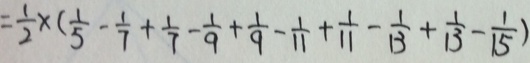
= \frac { 1 } { 2 } \times ( \frac { 1 } { 5 } - \frac { 1 } { 7 } + \frac { 1 } { 7 } - \frac { 1 } { 9 } + \frac { 1 } { 9 } - \frac { 1 } { 1 1 } + \frac { 1 } { 1 1 } - \frac { 1 } { 1 3 } + \frac { 1 } { 1 3 } - \frac { 1 } { 1 5 } )